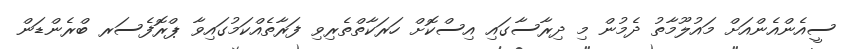
ސީއެންއެންއަށް މައުލޫމާތު ދެމުން މި ދިރާސާގައި އިސްކޮށް ހަރަކާތްތެރިވި ފަރާތެއްކަމުގައިވާ ޕްރޮފެސަރ ބްރެންޑަން